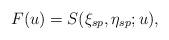
LaTeX: \begin{align*}F(u)=S(\xi_{sp},\eta_{sp};u),\end{align*}